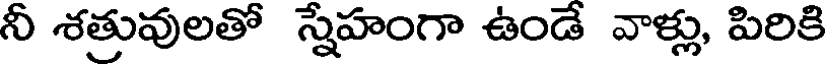
నీ శత్రువులతో స్నేహంగా ఉండే వాళ్లు, పిరికి